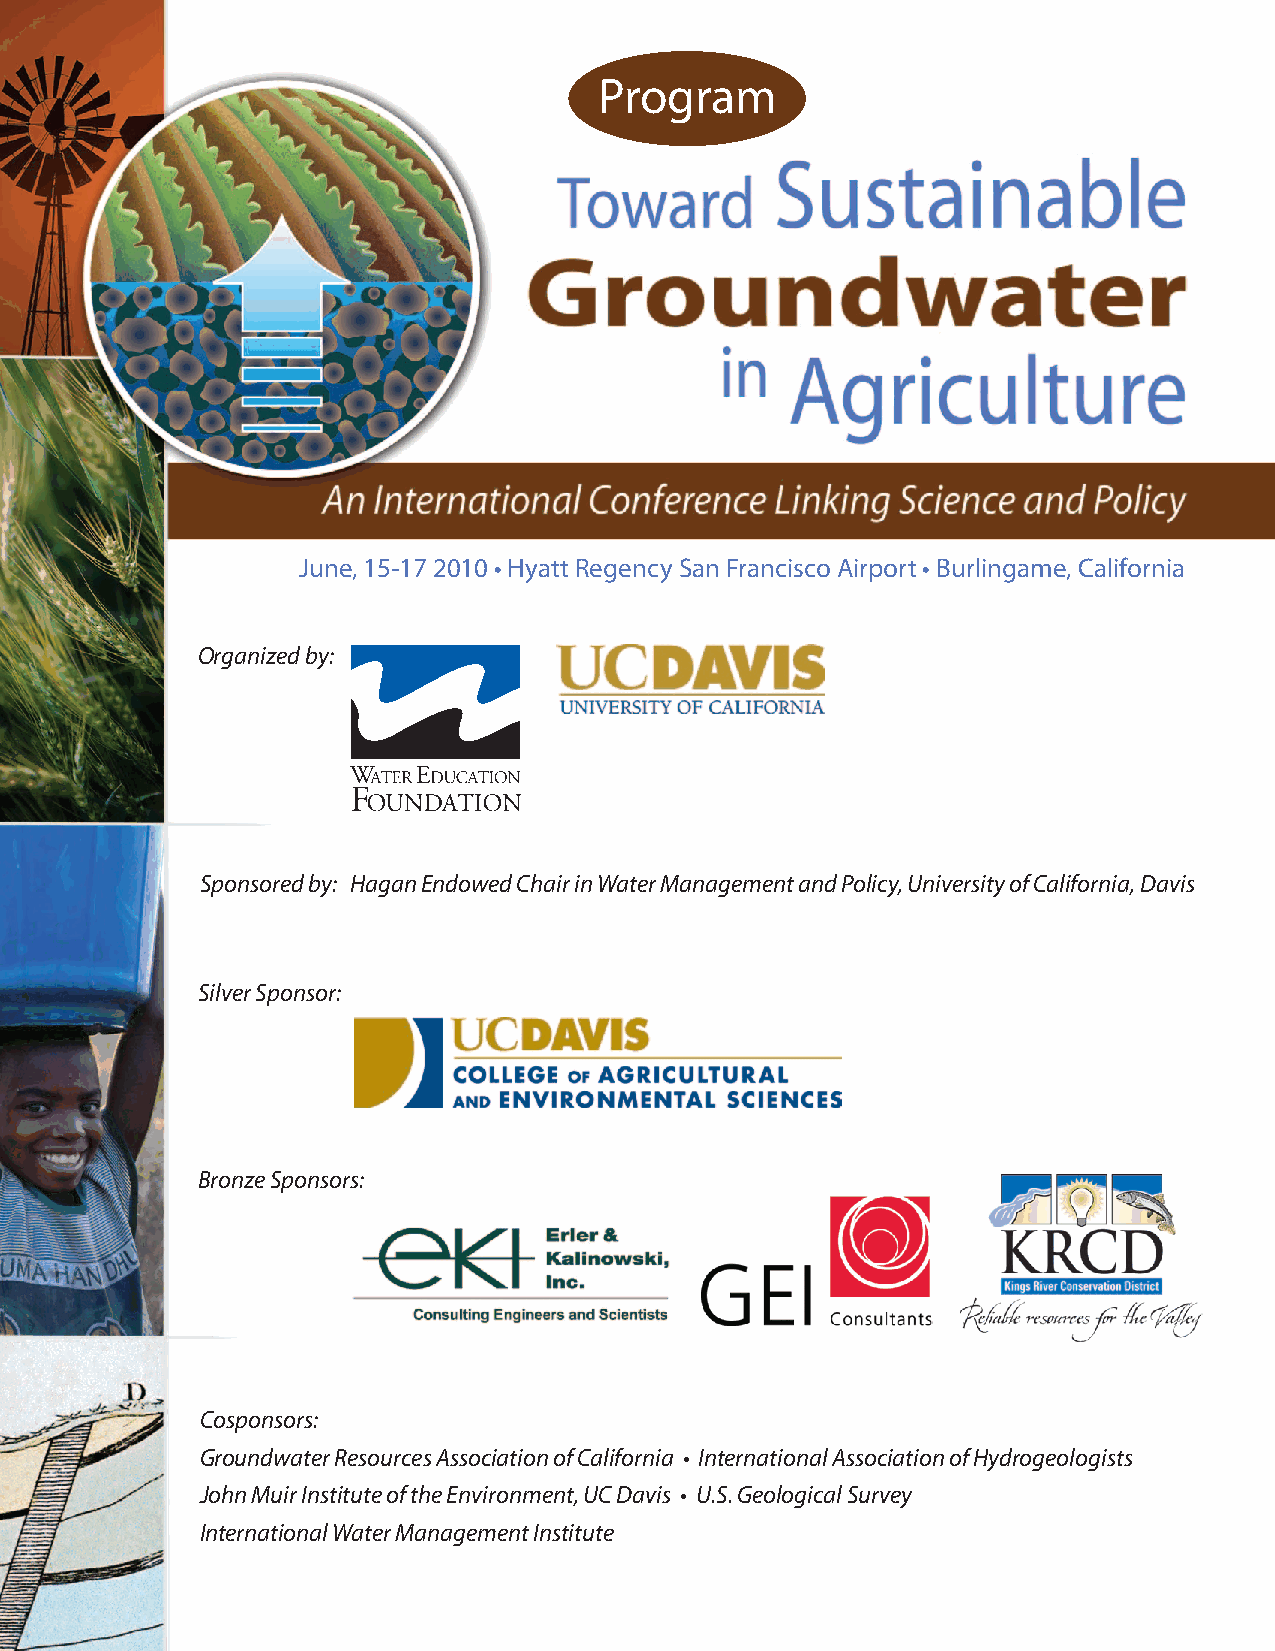
Program
 June, 15-17 2010 • Hyatt Regency San Francisco Airport • Burlingame, California
 Organized by:
 Sponsored by: Hagan Endowed Chair in Water Management and Policy, University of California, Davis
 Silver Sponsor:
 Bronze Sponsors:
 Cosponsors:
 Groundwater Resources Association of California • International Association of Hydrogeologists
 John Muir Institute of the Environment, UC Davis • U.S. Geological Survey
 International Water Management Institute